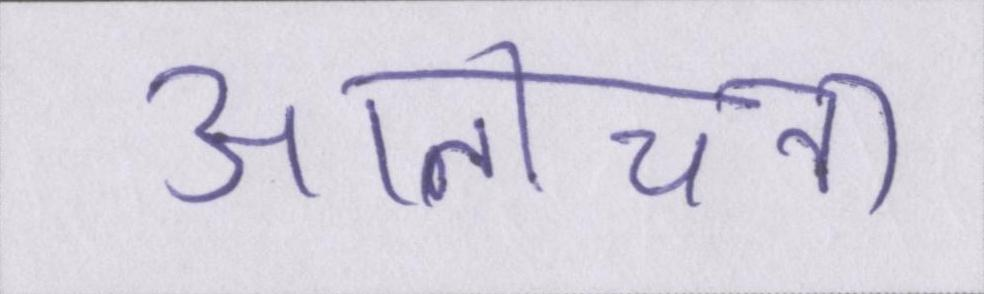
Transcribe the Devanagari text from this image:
आलोचना